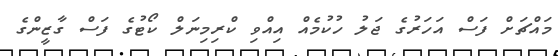
މައްޗަށް ފަސް އަހަރުގެ ޖަލު ހުކުމެއް އިއްވި ކްރިމިނަލް ކޯޓުގެ ފަސް ގާޒީންގެ